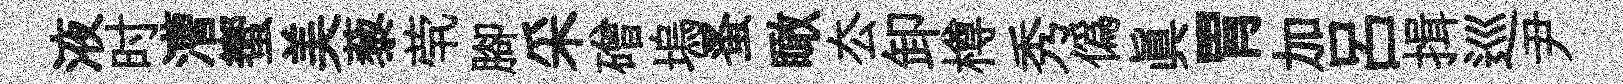
液时漕蠁美藜茕腳采磳塢蚤瞰厺卸樽秀僞眞胃加呂揖巡尹